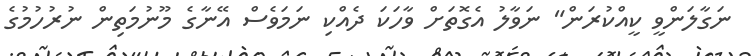
ނަގާލަންވީ ކީއްކުރަން" ނަވާލު އެގޮތަށް ވާހަކަ ދެއްކި ނަމަވެސް އޭނާގެ މޫނުމަތިން ނުރުހުމުގެ